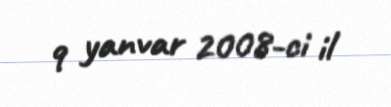
9 yanvar 2008-ci il